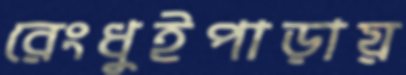
রেংধুইপাড়ায়